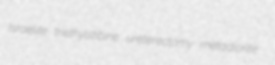
Israelite triethylstibine ureterectomy metadiorite